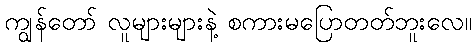
ကျွန်တော် လူများများနဲ့ စကားမပြောတတ်ဘူးလေ။